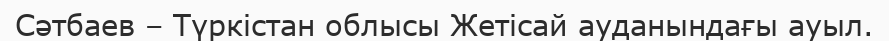
Сәтбаев – Түркістан облысы Жетісай ауданындағы ауыл.